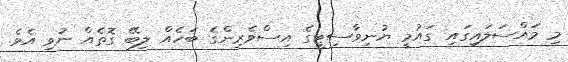
މި މައްސަލައިގައި ގައުމީ ޔުނިވާސިޓީގެ އިސްވެރިންގެ ބަހެއް ލިބޭ ގޮތެއް ނުވި އެވެ.